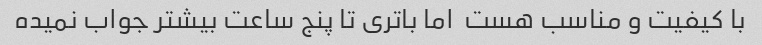
با کیفیت و مناسب هست  اما باتری تا پنج ساعت بیشتر جواب نمیده